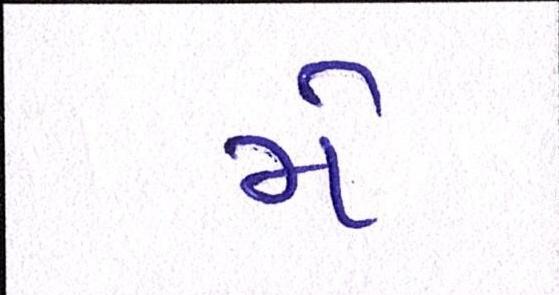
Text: મે